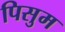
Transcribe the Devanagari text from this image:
पिसुम